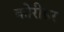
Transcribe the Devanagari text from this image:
कोरीडर